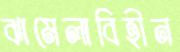
ঝামেলাবিহীন